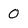
Character: 0